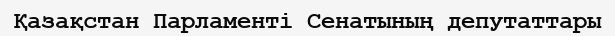
Қазақстан Парламенті Сенатының депутаттары